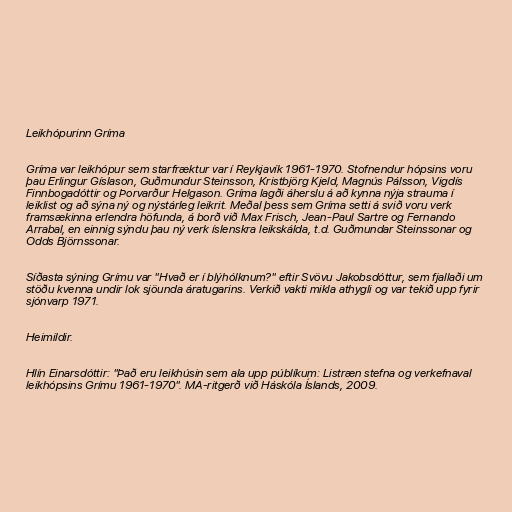
Leikhópurinn Gríma

Gríma var leikhópur sem starfræktur var í Reykjavík 1961-1970. Stofnendur hópsins voru
þau Erlingur Gíslason, Guðmundur Steinsson, Kristbjörg Kjeld, Magnús Pálsson, Vigdís
Finnbogadóttir og Þorvarður Helgason. Gríma lagði áherslu á að kynna nýja strauma í
leiklist og að sýna ný og nýstárleg leikrit. Meðal þess sem Gríma setti á svið voru verk
framsækinna erlendra höfunda, á borð við Max Frisch, Jean-Paul Sartre og Fernando
Arrabal, en einnig sýndu þau ný verk íslenskra leikskálda, t.d. Guðmundar Steinssonar og
Odds Björnssonar.

Síðasta sýning Grímu var "Hvað er í blýhólknum?" eftir Svövu Jakobsdóttur, sem fjallaði um
stöðu kvenna undir lok sjöunda áratugarins. Verkið vakti mikla athygli og var tekið upp fyrir
sjónvarp 1971.

Heimildir.

Hlín Einarsdóttir: "Það eru leikhúsin sem ala upp públíkum: Listræn stefna og verkefnaval
leikhópsins Grímu 1961-1970". MA-ritgerð við Háskóla Íslands, 2009.